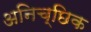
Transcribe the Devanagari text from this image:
अनिच्छिक